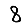
Digit: 8